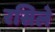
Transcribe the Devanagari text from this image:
रसिले